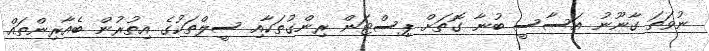
ނުވަތަ ގާނޫނު އަސާސީ ބުނާ ގޮތަށް ޕިސްޓަން ރިންގުތަކާއި ސީލްތަކުގެ އިތުރުން ބެއާރިންތައް